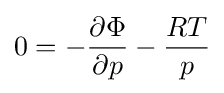
0=-{\frac {\partial \Phi }{\partial p}}-{\frac {RT}{p}}